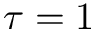
\tau = 1